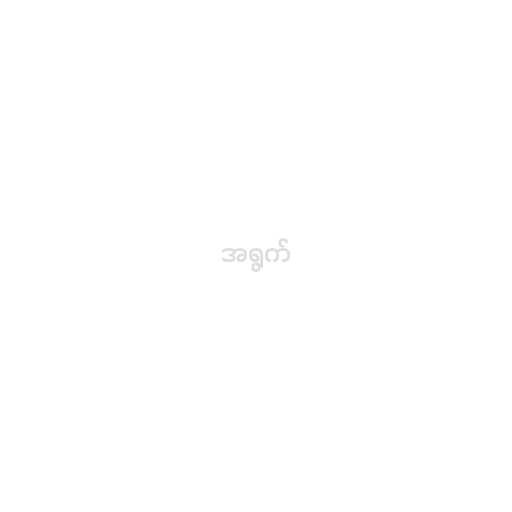
အရွက်